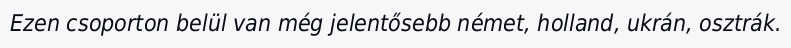
Ezen csoporton belül van még jelentősebb német, holland, ukrán, osztrák.